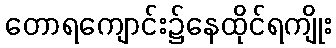
တောရကျောင်း၌နေထိုင်ရကျိုး